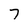
Character: 7